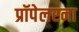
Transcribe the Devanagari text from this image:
प्रॉपेलरना